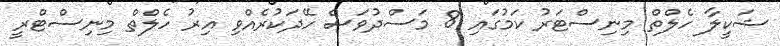
ޝަކީލާ ހެލްތް މިނިސްޓަރު ކަމުގައި 8 މަސްދުވަސް ހޭދަކުރެއްވި އިރު ހެލްތް މިނިސްޓްރީ